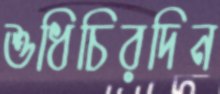
শুধিচিরদিন